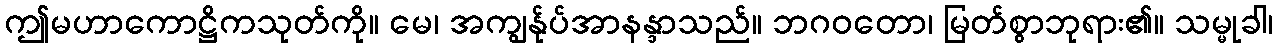
ဤမဟာကောဋ္ဌိကသုတ်ကို။ မေ၊ အကျွန်ုပ်အာနန္ဒာသည်။ ဘဂဝတော၊ မြတ်စွာဘုရား၏။ သမ္မုခါ၊